King Institute of Preventive Medicine Micro-Biological Section reports 1912-19
Year: 1912
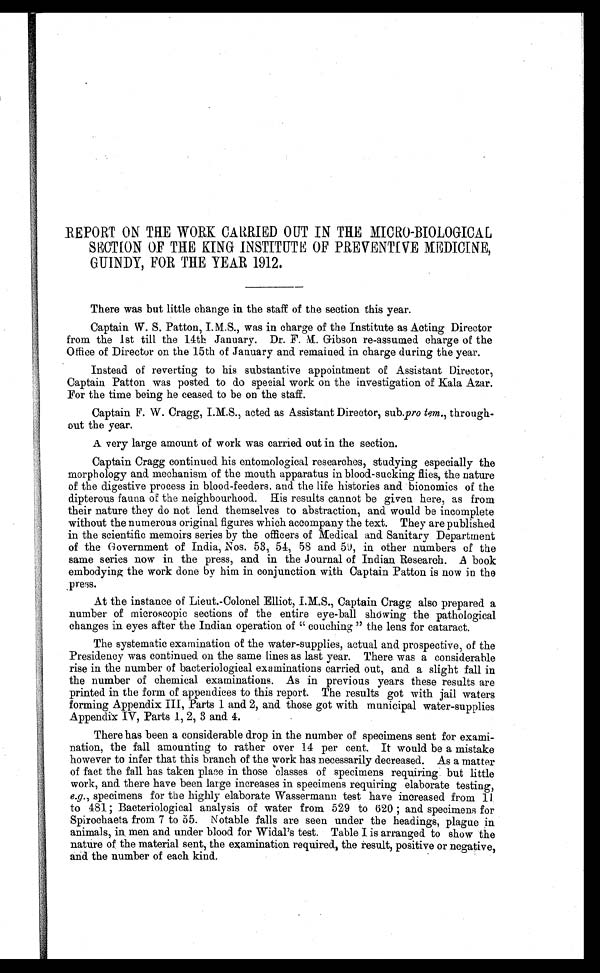
REPORT ON THE WORK CARRIED OUT IN THE MICRO-BIOLOGICAL
SECTION OF THE KING INSTITUTE OF PREVENTIVE MEDICINE,
GUINDY, FOR THE YEAR 1912.
There was but little change in the staff of the section this year.
Captain W. S. Patton, I.M.S., was in charge of the Institute as Acting Director
from the 1st till the 14th January. Dr. F. M. Gibson re-assumed charge of the
Office of Director on the 15th of January and remained in charge during the year.
Instead of reverting to his substantive appointment of Assistant Director,
Captain Patton was posted to do special work on the investigation of Kala Azar.
For the time being he ceased to be on the staff.
Captain F. W. Cragg, I.M.S., acted as Assistant Director, sub.pro tem ., through
-out the year.
A very large amount of work was carried out in the section.
Captain Cragg continued his entomological researches, studying especially the
morphology and mechanism of the mouth apparatus in blood-sucking flies, the nature
of the digestive process in blood-feeders, and the life histories and bionomics of the
dipterous fauna of the neighbourhood. His results cannot be given here, as from
their nature they do not lend themselves to abstraction, and would be incomplete
without the numerous original figures which accompany the text. They are published
in the scientific memoirs series by the officers of Medical and Sanitary Department
of the Government of India, Nos. 53, 54, 58 and 59, in other numbers of the
same series now in the press, and in the Journal of Indian Research. A book
embodying the work done by him in conjunction with Captain Patton is now in the
press.
At the instance of Lieut.-Colonel Elliot, I.M.S., Captain Cragg also prepared a
number of microscopic sections of the entire eye-ball showing the pathological
changes in eyes after the Indian operation of "couching" the lens for cataract.
The systematic examination of the water-supplies, actual and prospective, of the
Presidency was continued on the same lines as last year. There was a considerable
rise in the number of bacteriological examinations carried out, and a slight fall in
the number of chemical examinations. As in previous years these results are
printed in the form of appendices to this report. The results got with jail waters
forming Appendix III, Parts 1 and 2, and those got with municipal water-supplies
Appendix IV, Parts 1, 2, 3 and 4.
There has been a considerable drop in the number of specimens sent for exami
-nation, the fall amounting to rather over 14 per cent. It would be a mistake
however to infer that this branch of the work has necessarily decreased. As a matter
of fact the fall has taken place in those classes of specimens requiring but little
work, and there have been large increases in specimens requiring elaborate testing,
e.g. , specimens for the highly elaborate Wassermann test have increased from 11
to 481; Bacteriological analysis of water from 529 to 620; and specimens for
Spirochaeta from 7 to 55. Notable falls are seen under the headings, plague in
animals, in men and under blood for Widal's test. Table I is arranged to show the
nature of the material sent, the examination required, the result, positive or negative,
and the number of each kind.